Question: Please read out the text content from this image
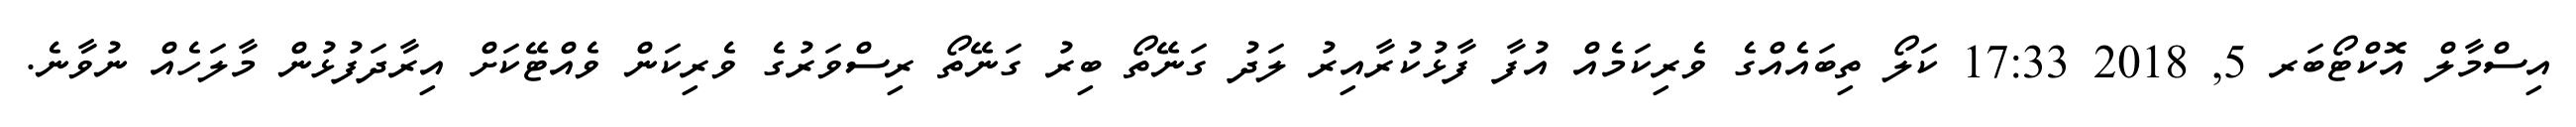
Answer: އިސްމާލް އޮކްޓޯބަރ 5, 2018 17:33 ކަލޯ ތިބައެއްގެ ވެރިކަމެއް އުފާ ފާޅުކުރާއިރު ލަދު ގަނޭތޯ ބިރު ގަނޭތޯ ރިސްވަރުގެ ވެރިކަން ވެއްޓޭކަށް އިރާދަފުޅުން މާލަހެއް ނުވާނެ.